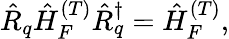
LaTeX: \begin{array}{r}{\hat{R}_{q}\hat{H}_{F}^{(T)}\hat{R}_{q}^{\dagger}=\hat{H}_{F}^{(T)},}\end{array}